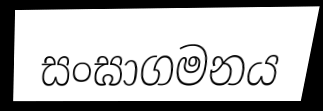
සංඝාගමනය